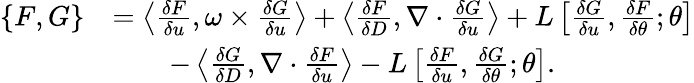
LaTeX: \begin{array}{rl}{\{ F,G\} }&{=\left\langle\frac{\delta F}{\delta u},\omega\times\frac{\delta G}{\delta u}\right\rangle+\left\langle\frac{\delta F}{\delta D},\nabla\cdot\frac{\delta G}{\delta u}\right\rangle+L\left[\frac{\delta G}{\delta u},\frac{\delta F}{\delta\theta};\theta\right]}\\ &{\qquad-\left\langle\frac{\delta G}{\delta D},\nabla\cdot\frac{\delta F}{\delta u}\right\rangle-L\left[\frac{\delta F}{\delta u},\frac{\delta G}{\delta\theta};\theta\right].}\end{array}